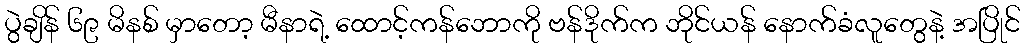
ပွဲချိန် ၆၉ မိနစ် မှာတော့ မီနာရဲ့ ထောင့်ကန်ဘောကို ဗန်ဒိုက်က ဘိုင်ယန် နောက်ခံလူတွေနဲ့ အပြိုင်